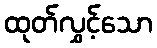
ထုတ်လွှင့်သော